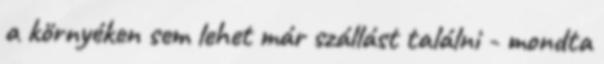
a környéken sem lehet már szállást találni - mondta